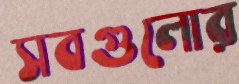
সবগুলোর